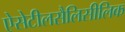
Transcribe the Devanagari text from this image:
ऐसेटीलसैलिसीलिक